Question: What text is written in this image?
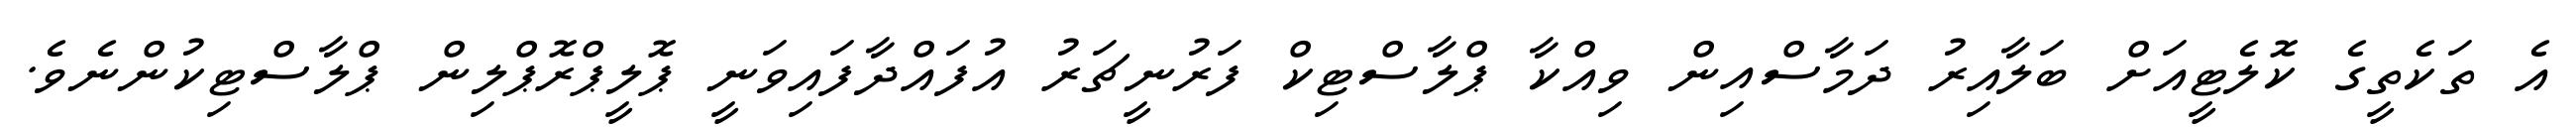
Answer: އެ ތަކެތީގެ ކޮލެޓީއަށް ބަލާއިރު ދަމާސްއިން ވިއްކާ ޕްލާސްޓިކް ފަރުނީޗަރު އުފައްދާފައިވަނީ ޕޮލީޕްރޮޕްލިން ޕްލާސްޓިކުންނެވެ.